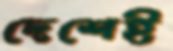
দেশেই